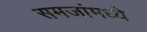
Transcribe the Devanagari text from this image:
समजांमध्ये